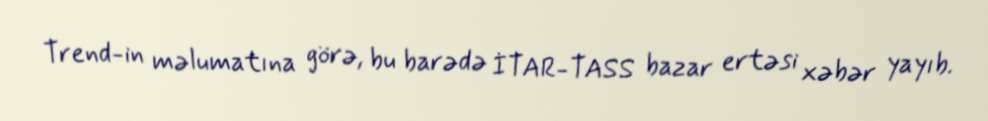
Trend-in məlumatına görə, bu barədə İTAR-TASS bazar ertəsi xəbər yayıb.